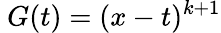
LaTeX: \ G(t)=(x-t)^{k+1}